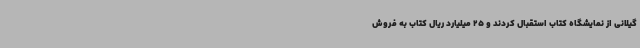
گیلانی از نمایشگاه کتاب استقبال کردند و 25 میلیارد ریال کتاب به فروش